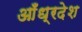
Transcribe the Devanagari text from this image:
आँध्रदेश